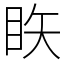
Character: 䀢